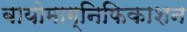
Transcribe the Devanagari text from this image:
बायोमाग्निफिकाशन